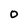
Character: O